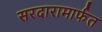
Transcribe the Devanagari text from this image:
सरदारामार्फत